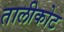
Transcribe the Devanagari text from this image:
तालीकोट